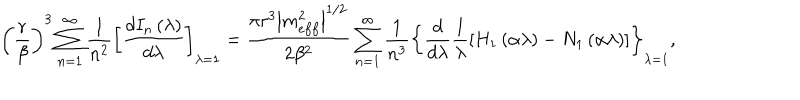
LaTeX: \left( \frac { r } { \beta } \right) ^ { 3 } \sum _ { n = 1 } ^ { \infty } \frac { 1 } { n ^ { 2 } } \left[ \frac { d I _ { n } \left( \lambda \right) } { d \lambda } \right] _ { \lambda = 1 } = \frac { \pi r ^ { 3 } \left| m _ { e f f } ^ { 2 } \right| ^ { 1 / 2 } } { 2 \beta ^ { 2 } } \sum _ { n = 1 } ^ { \infty } \frac { 1 } { n ^ { 3 } } \left\{ \frac { d } { d \lambda } \frac { 1 } { \lambda } \left[ H _ { 1 } \left( \alpha \lambda \right) - N _ { 1 } \left( \alpha \lambda \right) \right] \right\} _ { \lambda = 1 } ,